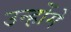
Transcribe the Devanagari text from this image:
उन्होंमे